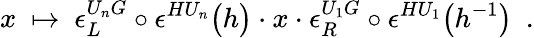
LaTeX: x\ \mapsto\ \epsilon_{L}^{U_{n}G}\circ\epsilon^{HU_{n}}\bigl(h\bigr)\cdot x\cdot\epsilon_{R}^{U_{1}G}\circ\epsilon^{HU_{1}}\bigl(h^{-1}\bigr)\ \ .